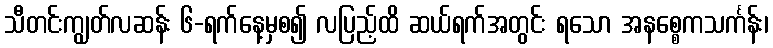
သီတင်းကျွတ်လဆန်း ၆-ရက်နေ့မှစ၍ လပြည့်ထိ ဆယ်ရက်အတွင်း ရသော အနစ္စေကသင်္ကန်း၊